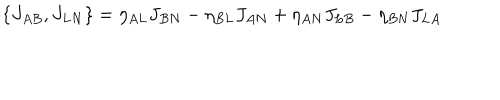
\{ J _ { A B } , J _ { L N } \} = \eta _ { A L } J _ { B N } - \eta _ { B L } J _ { A N } + \eta _ { A N } J _ { L B } - \eta _ { B N } J _ { L A }